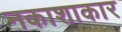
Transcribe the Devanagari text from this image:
नकाशाकार